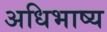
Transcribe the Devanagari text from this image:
अधिभाष्य